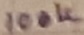
Text: 100K